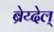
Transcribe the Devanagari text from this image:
ब्रेय्देल्